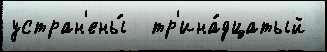
устран'ены́  тр'ина́дцатый